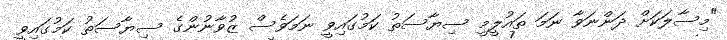
"މިސާލަކަށް ދަންނަވާ ނަމަ ތައުލީމީ ސިޔާސަތު ކަމުގައިވީ ނަމަވެސް ޒުވާނުންގެ ސިޔާސަތު ކަމުގައިވީ